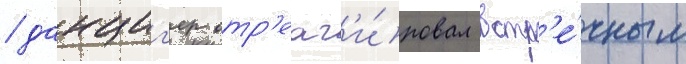
/ данциг'ер отр'еаг'и́ровал встр'е́чным